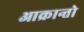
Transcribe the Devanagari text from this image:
आक्रान्तो